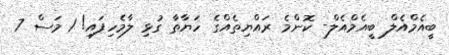
ބީއެމްއެލް ބީއެމްއެލް- ކޮންމެ ރައްޔިތެއްގެ ހަޔާތާ ގުޅި ލާމެހިފައި! 1 މަސް 7